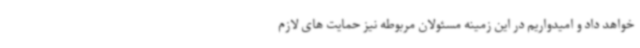
خواهد داد و امیدواریم در این زمینه مسئولان مربوطه نیز حمایت های لازم